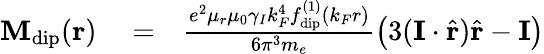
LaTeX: \begin{array}{rlr}{\mathbf{M}_{\mathrm{dip}}(\mathbf{r})}&{{}=}&{\frac{e^{2}\mu_{r}\mu_{0}\gamma_{I}k_{F}^{4}f_{\mathrm{dip}}^{(1)}\left(k_{F}r\right)}{6\pi^{3}m_{e}}\left(3(\mathbf{I}\cdot\hat{\mathbf{r}})\hat{\mathbf{r}}-\mathbf{I}\right)}\end{array}